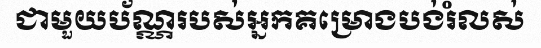
ជាមួយប័ណ្ណរបស់អ្នកគម្រោងបង់រំលស់